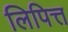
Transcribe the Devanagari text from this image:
लिपित्त